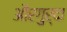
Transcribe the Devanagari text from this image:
औरगुर्दा